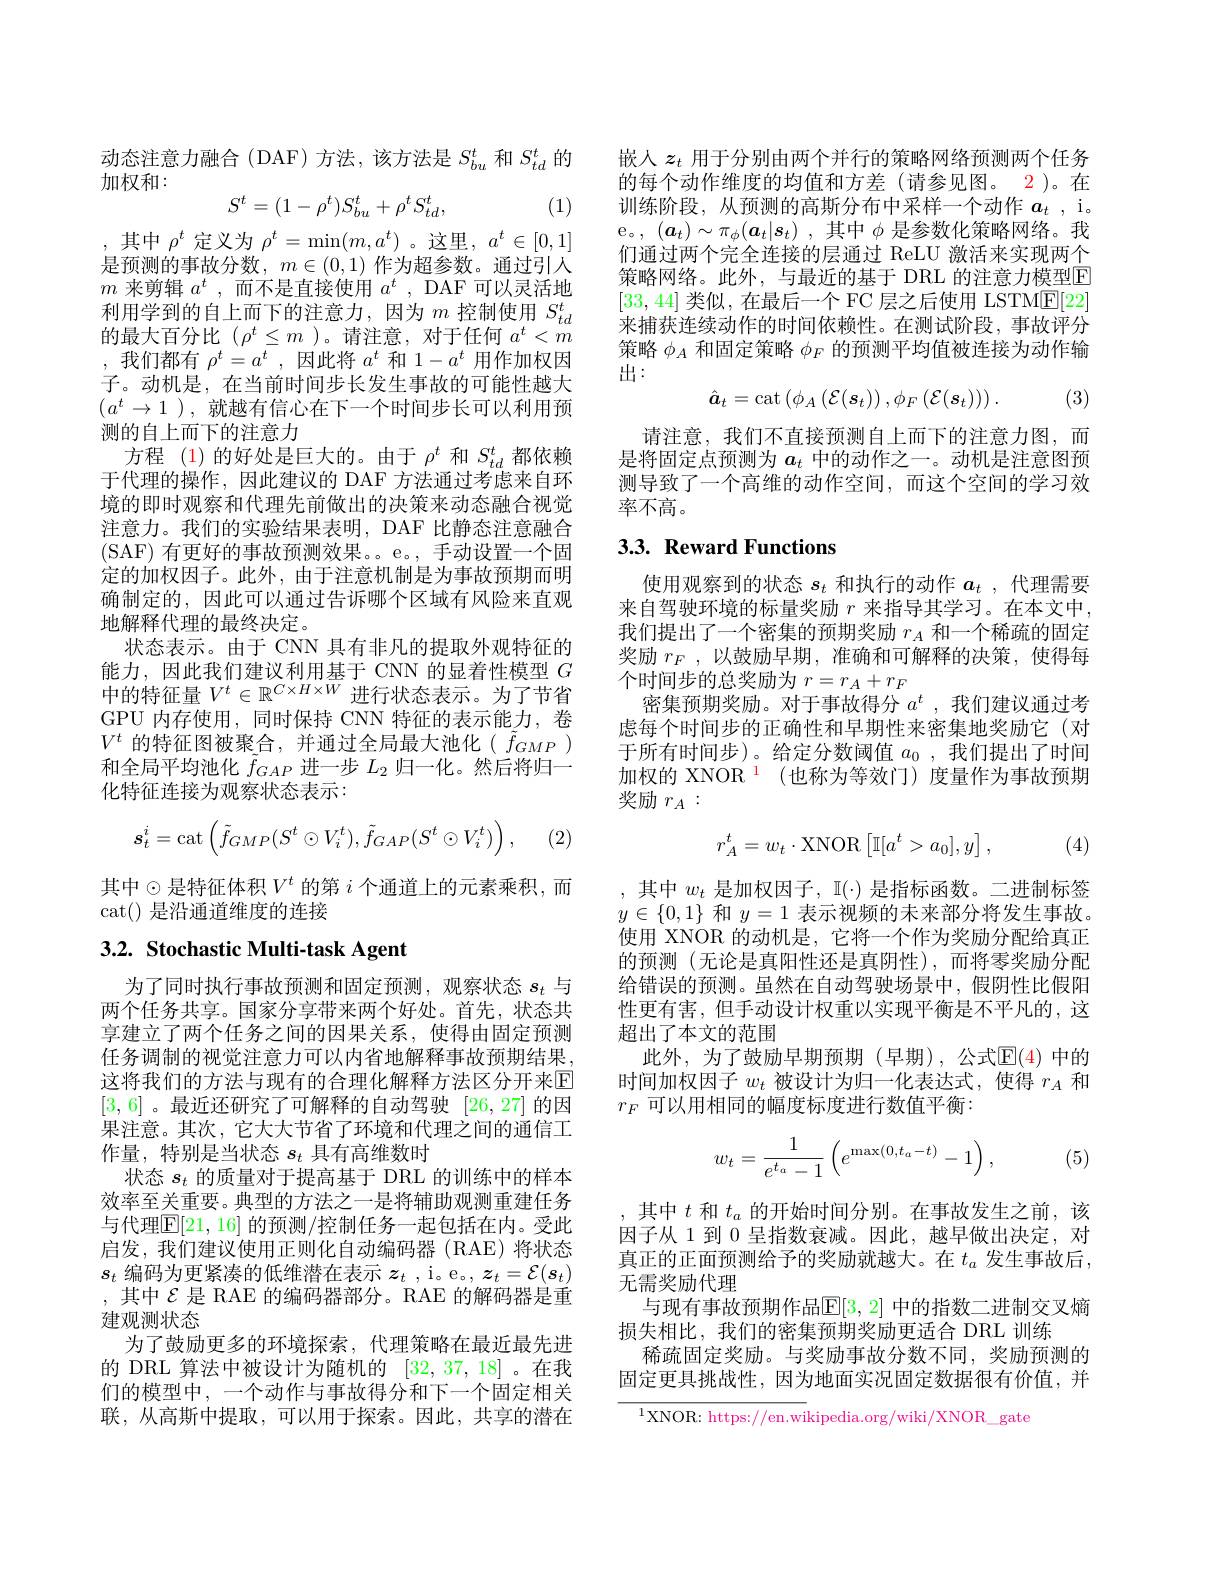
动态注意力融合(DAF)方法，该方法是$S_bu^t$和$S_{td}^t$的
加权和：

(1)
$$S^t=(1-\rho^t)S_{bu}^t+\rho^tS_{td}^t,$$
,其中$\rho^t$定义为$\rho^t=\min(m,a^t)$ 。这里$,a^t\in[0,1]$ 是预测的事故分数，$m\in(0,1)$作为超参数。通过引人$m$来剪辑$a^t$,而不是直接使用$a^t$, DAF 可以灵活地利用学到的自上而下的注意力，因为$m$控制使用$S_td^t$ 的最大百分比($\rho^t\leq m$)。请注意，对于任何$a^t<m$ ,我们都有$\rho^t=a^t$,因此将$a^t$和$1-a^t$用作加权因子。动机是，在当前时间步长发生事故的可能性越大$(a^t\to1)$,就越有信心在下一个时间步长可以利用预测的自上而下的注意力
方程 (1)的好处是巨大的。由于$\rho^t$和$S_td^t$都依赖于代理的操作，因此建议的 DAF 方法通过考虑来自环境的即时观察和代理先前做出的决策来动态融合视觉注意力。我们的实验结果表明，DAF 比静态注意融合(SAF) 有更好的事故预测效果。。e。,手动设置一个固定的加权因子。此外，由于注意机制是为事故预期而明确制定的，因此可以通过告诉哪个区域有风险来直观地解释代理的最终决定。
状态表示。由于 CNN 具有非凡的提取外观特征的能力，因此我们建议利用基于 CNN 的显着性模型$G$ 中的特征量$V^t\in\mathbb{R}^{C\times H\times W}$进行状态表示。为了节省GPU 内存使用，同时保持 CNN 特征的表示能力，卷$V^t$的特征图被聚合，并通过全局最大池化( $\tilde{f}_{GMP})$ 和全局平均池化$\tilde{f}_GAP$进一步$L_2$归一化。然后将归一化特征连接为观察状态表示：
$$s_t^i=\operatorname{cat}\left(\tilde{f}_{GMP}(S^t\odot V_i^t),\tilde{f}_{GAP}(S^t\odot V_i^t)\right),$$
(2

其中$\odot$是特征体积$V^t$ 的第 $i$ 个通道上的元素乘积，而
cat() 是沿通道维度的连接

# 3.2. Stochastic Multi-task Agent

为了同时执行事故预测和固定预测，观察状态$s_t$与两个任务共享。国家分享带来两个好处。首先，状态共享建立了两个任务之间的因果关系，使得由固定预测任务调制的视觉注意力可以内省地解释事故预期结果这将我们的方法与现有的合理化解释方法区分开来$\mathbb{E}$ [3,6] 。最近还研究了可解释的自动驾驶[26,27]的因果注意。其次，它大大节省了环境和代理之间的通信工作量，特别是当状态$s_t$具有高维数时
状态$s_t$的质量对于提高基于 DRL 的训练中的样本效率至关重要。典型的方法之一是将辅助观测重建任务与代理$\boxed{\mathbb{E}}[21,16]$ 的预测/控制任务一起包括在内。受此启发，我们建议使用正则化自动编码器(RAE)将状态$s_t$编码为更紧凑的低维潜在表示$z_t$ ,i。e。, $\boldsymbol{z}_t=\mathcal{E}(\boldsymbol{s}_t)$ ,其中$\mathcal{E}$ 是 RAE 的编码器部分。RAE 的解码器是重建观测状态
为了鼓励更多的环境探索，代理策略在最近最先进的 DRL 算法中被设计为随机的[32,37,18] 。在我们的模型中，一个动作与事故得分和下一个固定相关联，从高斯中提取，可以用于探索。因此，共享的潜在

嵌入$z_t$用于分别由两个并行的策略网络预测两个任务的每个动作维度的均值和方差(请参见图。2)。在训练阶段，从预测的高斯分布中采样一个动作$a_t$ ,i。e。,$( \boldsymbol{a}_t) \sim \pi _\phi ( \boldsymbol{a}_t| \boldsymbol{s}_t)$ ,其中$\phi$ 是参数化策略网络。我们通过两个完全连接的层通过 ReLU 激活来实现两个策略网络。此外，与最近的基于 DRL 的注意力模型E [33,44]类似，在最后一个 FC 层之后使用 LSTM$\underline{\mathrm{E}}[22]$ 来捕获连续动作的时间依赖性。在测试阶段，事故评分策略$\phi_A$和固定策略$\phi_F$的预测平均值被连接为动作输出：
$$\hat{\boldsymbol{a}}_{t}=\cot\left(\phi_{A}\left(\mathcal{E}(s_{t})\right),\phi_{F}\left(\mathcal{E}(s_{t})\right)\right).$$
(3)

请注意，我们不直接预测自上而下的注意力图，而是将固定点预测为$a_t$中的动作之一。动机是注意图预测导致了一个高维的动作空间，而这个空间的学习效率不高。

# 3.3. Reward Functions

使用观察到的状态$s_t$和执行的动作$a_t$,代理需要来自驾驶环境的标量奖励$r$来指导其学习。在本文中， 我们提出了一个密集的预期奖励$r_A$和一个稀疏的固定奖励$r_F$,以鼓励早期，准确和可解释的决策，使得每个时间步的总奖励为$r=r_A+r_F$
密集预期奖励。对于事故得分$a^t$ , 我 们 建 议 通 过 考 虑每个时间步的正确性和早期性来密集地奖励它(对于所有时间步)。给定分数阈值$a_0$ , 我们提出了时间加权的 XNOR $^{1}$ (也称为等效门)度量作为事故预期奖励$r_A:$
$$r_A^t=w_t\cdot\mathrm{XNOR}\left[\mathbb{I}[a^t>a_0],y\right],$$
(4)

,其中$w_t$是加权因子，I(·)是指标函数。二进制标签$y\in\{0,1\}$和$y=1$表示视频的未来部分将发生事故。使用 XNOR 的动机是，它将一个作为奖励分配给真正的预测(无论是真阳性还是真阴性),而将零奖励分配给错误的预测。虽然在自动驾驶场景中，假阴性比假阳性更有害，但手动设计权重以实现平衡是不平凡的，这超出了本文的范围
此外，为了鼓励早期预期(早期),公式$\mathbb{E}(4)$ 中的时间加权因子$w_t$被设计为归一化表达式，使得$r_A$和$r_F$可以用相同的幅度标度进行数值平衡：
$$w_t=\frac{1}{e^{t_a}-1}\left(e^{\max(0,t_a-t)}-1\right),$$
(5)

,其中$t$和$t_a$的开始时间分别。在事故发生之前，该因子从 1 到0呈指数衰减。因此，越早做出决定，对真正的正面预测给予的奖励就越大。在$t_a$发生事故后， 无需奖励代理
与现有事故预期作品$\mathbb{E}[3,2]$ 中的指数二进制交叉熵
损失相比，我们的密集预期奖励更适合 DRL 训练
稀疏固定奖励。与奖励事故分数不同，奖励预测的固定更具挑战性，因为地面实况固定数据很有价值，并

$^{1}$XNOR: https://en.wikipedia.org/wiki/XNOR\_gate